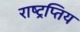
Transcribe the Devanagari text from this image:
राष्ट्रप्तिय